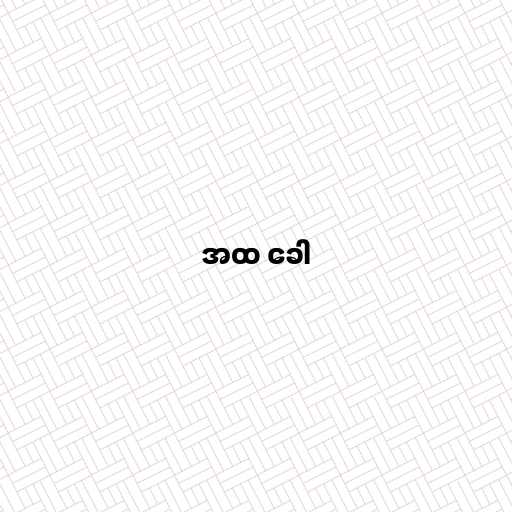
အထ ခေါ